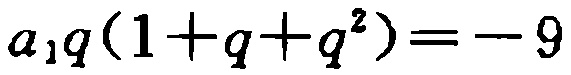
\(a_{1}q(1 + q + q^{2}) = - 9\)